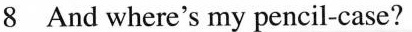
8 And where's my pencil-case?